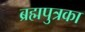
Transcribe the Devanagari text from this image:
ब्रह्मपुत्रका